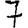
Digit: 7